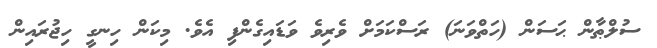
ސުލްޠާން ޙަސަން (ހަތްވަނަ) ރަސްކަމަށް ވެރިވެ ވަޑައިގެންފި އެވެ. މިކަން ހިނގީ ހިޖުރައިން